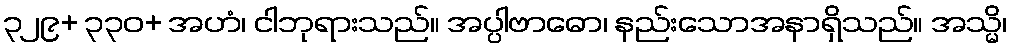
၃၂၉+ ၃၃၀+ အဟံ၊ ငါဘုရားသည်။ အပ္ပါဗာဓော၊ နည်းသောအနာရှိသည်။ အသ္မိ၊